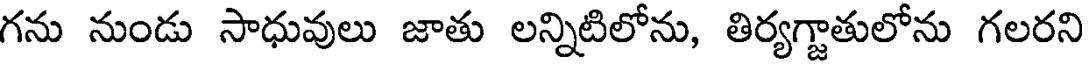
గను నుండు సాధువులు జాతు లన్నిటిలోను, తిర్యగ్జాతులోను గలరని